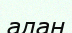
алан